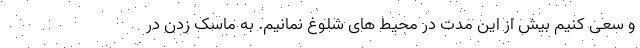
و سعی کنیم بیش از این مدت در محیط های شلوغ نمانیم. به ماسک زدن در